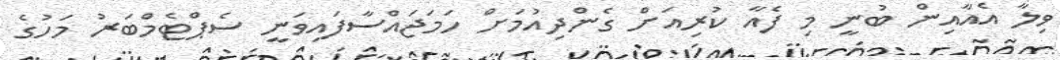
ވިލާ އެއާއިން ބުނީ މި ފެއާ ކުރިއަށް ގެންދިއުމަށް ހަމަޖައްސާފައިވަނީ ސެޕްޓެމްބަރު މަހުގެ